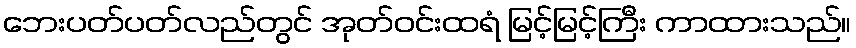
ဘေးပတ်ပတ်လည်တွင် အုတ်ဝင်းထရံ မြင့်မြင့်ကြီး ကာထားသည်။